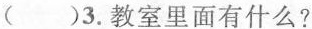
( )3.教室里面有什么?